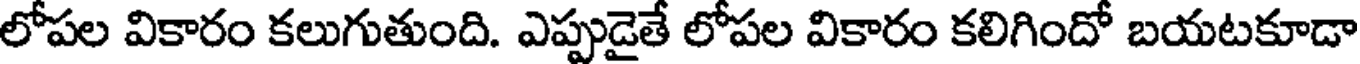
లోపల వికారం కలుగుతుంది. ఎప్పుడైతే లోపల వికారం కలిగిందో బయటకూడా